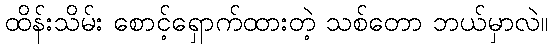
ထိန်းသိမ်း စောင့်ရှောက်ထားတဲ့ သစ်တော ဘယ်မှာလဲ။